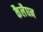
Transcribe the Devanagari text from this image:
कैलैघन